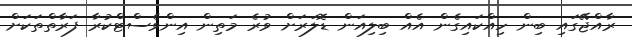
ރާއްޖޭގައި ބިން ހިއްކައިގެން އެއް ބިލިއަން ޑޮލަރަށް ވުރެ މަތިން އިންވެސްޓްކުރާ ފަރާތްތަކަށް